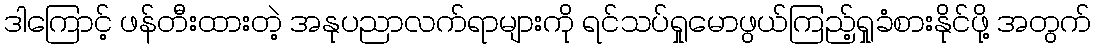
ဒါကြောင့် ဖန်တီးထားတဲ့ အနုပညာလက်ရာများကို ရင်သပ်ရှုမောဖွယ်ကြည့်ရှုခံစားနိုင်ဖို့ အတွက်